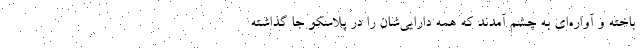
باخته و آواره‌ای به چشم آمدند که همه دارایی‌شان را در پلاسکو جا گذاشته